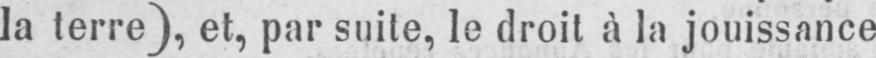
la terre), et, par suite, le droit à la jouissance